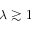
\lambda \gtrsim 1